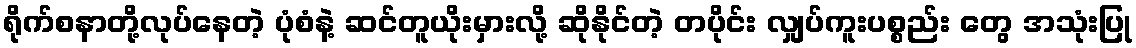
ရိုက်စနာတို့လုပ်နေတဲ့ ပုံစံနဲ့ ဆင်တူယိုးမှားလို့ ဆိုနိုင်တဲ့ တပိုင်း လျှပ်ကူးပစ္စည်း တွေ အသုံးပြု